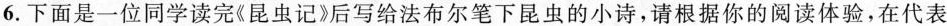
6.下面是一位同学读完《昆虫记》后写给法布尔笔下昆虫的小诗，请根据你的阅读体验，在代表